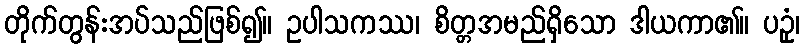
တိုက်တွန်းအပ်သည်ဖြစ်၍။ ဥပါသကဿ၊ စိတ္တအမည်ရှိသော ဒါယကာ၏။ ပဥှံ၊